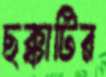
ছক্কাটির